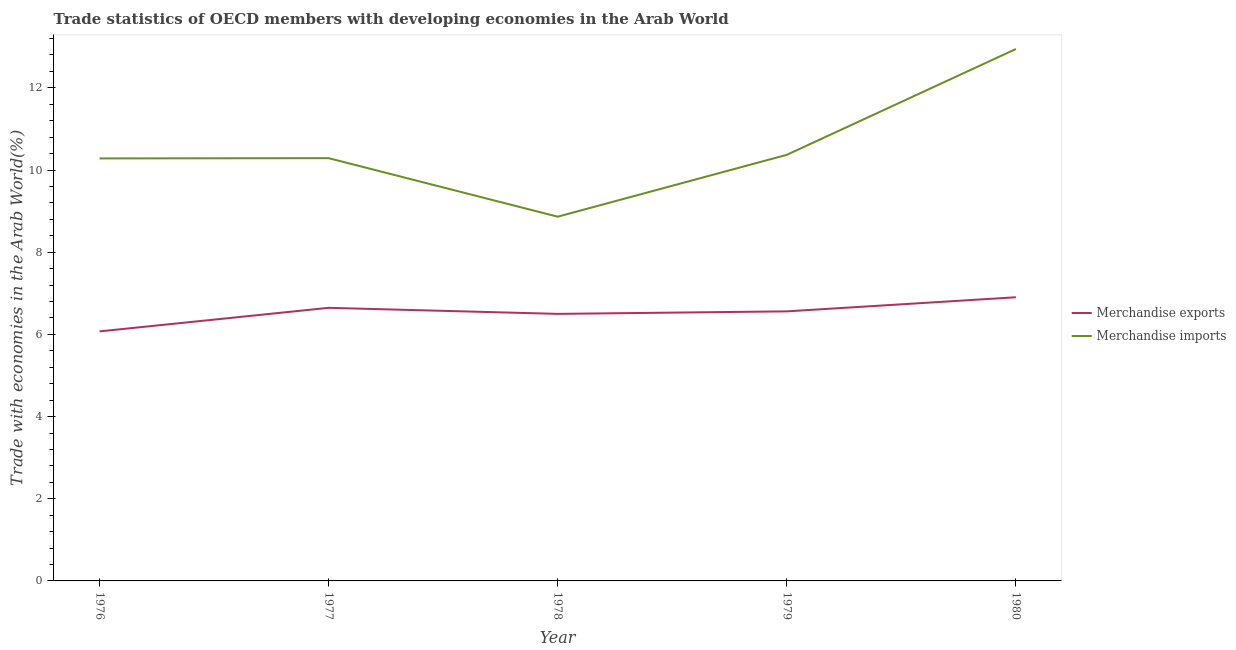
| Year | Merchandise exports | Merchandise imports |
 | --- | --- | --- |
 | 1976 | 6.07 | 10.3 |
 | 1977 | 6.65 | 10.3 |
 | 1978 | 6.5 | 8.86 |
 | 1979 | 6.56 | 10.4 |
 | 1980 | 6.9 | 12.9 |